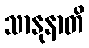
သာနုနာတိ